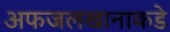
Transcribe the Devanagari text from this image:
अफजलखानाकडे